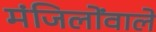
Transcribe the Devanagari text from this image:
मंजिलोंवाले